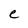
Character: e